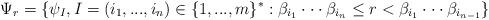
LaTeX: \begin{align*} \Psi_r = \lbrace \psi_I, I = (i_1,...,i_n) \in \lbrace 1,...,m\rbrace^*: \beta_{i_1}\cdot \cdot \cdot \beta_{i_n} \leq r < \beta_{i_1} \cdot \cdot \cdot \beta_{i_{n-1}} \rbrace\end{align*}